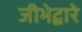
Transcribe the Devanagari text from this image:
जीभेद्वारे